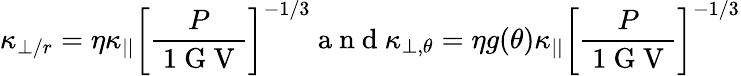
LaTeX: \kappa_{\perp/r}=\eta\kappa_{||}\left[\frac{P}{\mathrm{~1~G~V~}}\right]^{-1/3}\mathrm{~a~n~d~}\kappa_{\perp,\theta}=\eta g(\theta)\kappa_{||}\left[\frac{P}{\mathrm{~1~G~V~}}\right]^{-1/3}